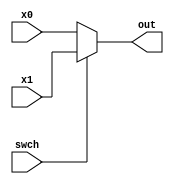
module Mux_2_to_1 #(parameter WIDTH = 32) (
    input [WIDTH-1:0] x0,
    input [WIDTH-1:0] x1,
    input swch, 
    output reg [WIDTH-1:0] out);

    always @(*) begin
    if (swch == 1'b0) begin
        out = x0;
    end
    else begin
        out = x1;
    end
    end

endmodule